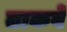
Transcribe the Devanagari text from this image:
ताकवे